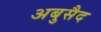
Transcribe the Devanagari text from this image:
अबुसैद